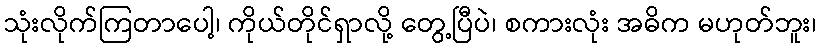
သုံးလိုက်ကြတာပေါ့၊ ကိုယ်တိုင်ရှာလို့ တွေ့ပြီပဲ၊ စကားလုံး အဓိက မဟုတ်ဘူး၊